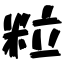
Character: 粒